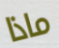
ماذا